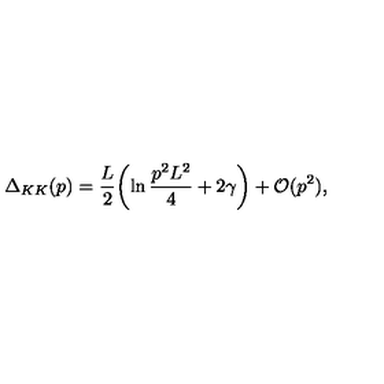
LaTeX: \Delta _ { K K } ( p ) = { \frac { L } { 2 } } \biggl ( \ln { \frac { p ^ { 2 } L ^ { 2 } } { 4 } } + 2 \gamma \biggr ) + { \cal O } ( p ^ { 2 } ) ,